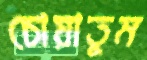
চোয়াতুম